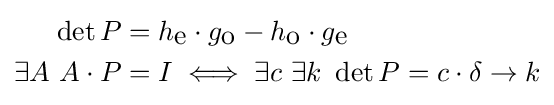
{\begin{aligned}\det P&=h_{\mbox{e}}\cdot g_{\mbox{o}}-h_{\mbox{o}}\cdot g_{\mbox{e}}\\\exists A\ A\cdot P&=I\iff \exists c\ \exists k\ \det P=c\cdot \delta \rightarrow k\end{aligned}}